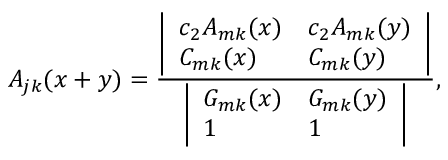
A _ { j k } ( x + y ) = { \frac { \biggl | \begin{array} { l l } { { c _ { 2 } A _ { m k } ( x ) } } & { { c _ { 2 } A _ { m k } ( y ) } } \\ { { C _ { m k } ( x ) } } & { { C _ { m k } ( y ) } } \end{array} \biggr | } { \biggl | \begin{array} { l l } { { G _ { m k } ( x ) } } & { { G _ { m k } ( y ) } } \\ { { 1 } } & { { 1 } } \end{array} \biggr | } } ,